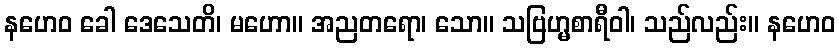
နဟေဝ ခေါ ဒေသေတိ၊ မဟော။ အညတရော၊ သော။ သဗြဟ္မစာရီဝါ၊ သည်လည်း။ နဟေဝ